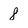
Character: 8